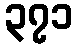
၃၇၁